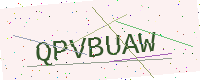
Text: QPVBUAW